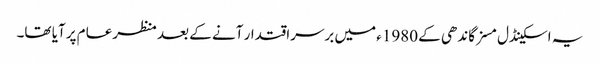
یہ اسکینڈل مسز گاندھی کے 1980ء میں برسراقتدار آنے کے بعد منظرعام پر آیا تھا۔